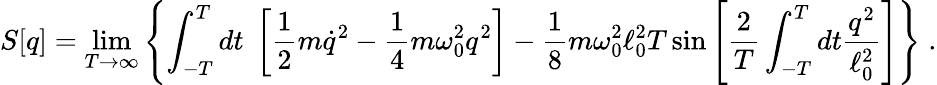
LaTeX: S[q]=\operatorname*{lim}_{T\rightarrow\infty}\left\{ \int_{-T}^{T}dt\; \left[\frac 12m\dot{q}^{2}-\frac 14m\omega_{0}^{2}q^{2}\right]-\frac 18m\omega_{0}^{2}\ell_{0}^{2}T\sin\left[{\frac{2}{T}}\int_{-T}^{T}dt{\frac{q^{2}}{\ell_{0}^{2}}}\right]\right\} \; .